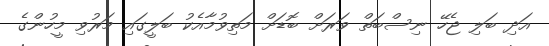
އަދި ބަލި ޖެހޭ ނިސްބަތް ވަރަށް ބޮޑަށް މަތިވުމާއެކު ބަލީގައި މަރުވި މީހުންގެ